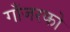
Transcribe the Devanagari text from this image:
गाँजरको